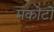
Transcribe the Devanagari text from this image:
मकोटो